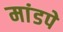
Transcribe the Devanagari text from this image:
मांडपे